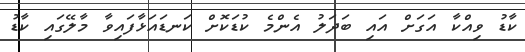
ކާޑު ވިއްކާ އަގަށް އައި ބަދަލު އެންމެ ކުޑަކޮށް ކަނޑައަޅާފައިވާ މާލޭގައި ކާޑު